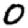
Digit: 0